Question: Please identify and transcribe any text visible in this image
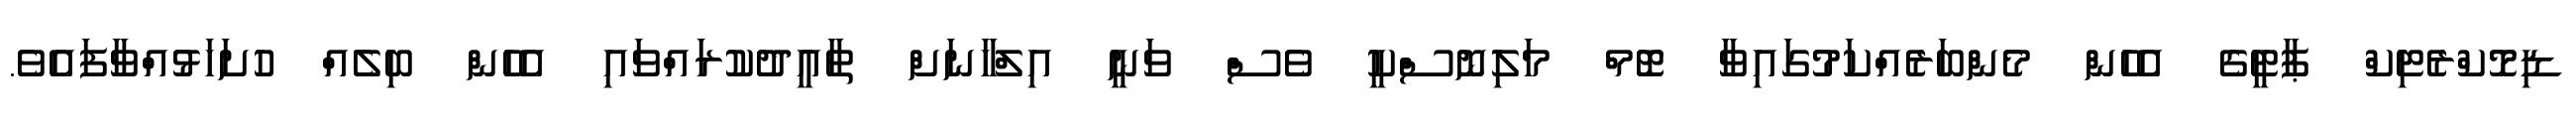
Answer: ޑިމޮކްރެޓިކް ޕާޓީގެ އެހެން މެންބަރެއްކަމުގައިވާ ޓޮމް މަލިނޮސްކީ ވެސް ވަނީ އިލްހާނަށް ތާއީދުކުރައްވައި އެހެން ބިލެއް ހުށަހަޅުއްވާފައެވެ.